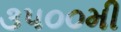
૩૫૦૦મી